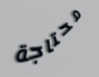
محتاجة